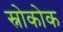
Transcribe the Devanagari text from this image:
स्नोकोक